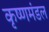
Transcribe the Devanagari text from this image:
कृष्णमंडल